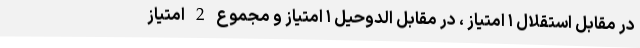
در مقابل استقلال ۱ امتیاز ، در مقابل الدوحیل ۱ امتیاز و مجموع 2 امتیاز